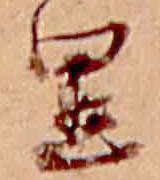
里